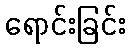
ရောင်းခြင်း